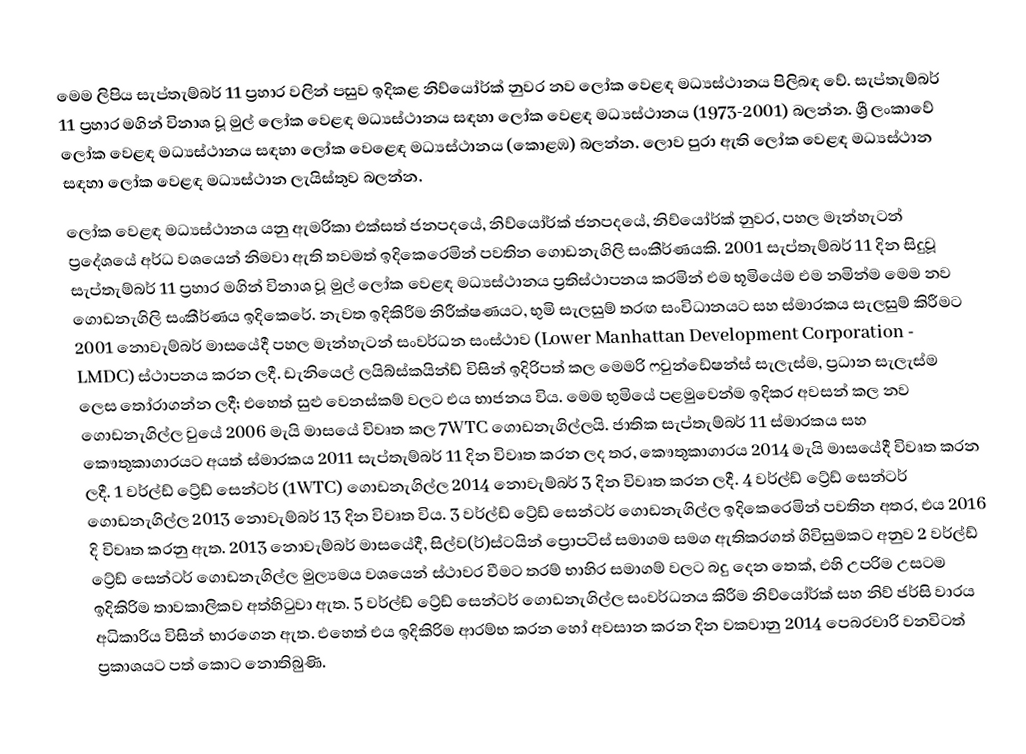
මෙම ලිපිය සැප්තැම්බර් 11 ප්‍රහාර වලින් පසුව ඉදිකළ නිව්යෝර්ක් නුවර නව ලෝක වෙළඳ මධ්‍යස්ථානය පිලිබඳ වේ. සැප්තැම්බර් 11 ප්‍රහාර මගින් විනාශ වූ මුල් ලෝක වෙළඳ මධ්‍යස්ථානය සඳහා ලෝක වෙළඳ මධ්‍යස්ථානය (1973-2001) බලන්න. ශ්‍රී ලංකාවේ ලෝක වෙළඳ මධ්‍යස්ථානය සඳහා ලෝක වෙළෙඳ මධ්‍යස්ථානය (කොළඹ) බලන්න. ලොව පුරා ඇති ලෝක වෙළඳ මධ්‍යස්ථාන සඳහා ලෝක වෙළඳ මධ්‍යස්ථාන ලැයිස්තුව බලන්න.
ලෝක වෙළඳ මධ්‍යස්ථානය යනු ඇමරිකා එක්සත් ජනපදයේ, නිව්යෝර්ක් ජනපදයේ, නිව්යෝර්ක් නුවර, පහල මෑන්හැටන් ප්‍රදේශයේ අර්ධ වශයෙන් නිමවා ඇති තවමත් ඉදිකෙරෙමින් පවතින ගොඩනැගිලි සංකීර්ණයකි. 2001 සැප්තැම්බර් 11 දින සිදුවූ සැප්තැම්බර් 11 ප්‍රහාර මගින් විනාශ වූ මුල් ලෝක වෙළඳ මධ්‍යස්ථානය ප්‍රතිස්ථාපනය කරමින් එම භූමියේම එම නමින්ම මෙම නව ගොඩනැගිලි සංකීර්ණය ඉදිකෙරේ. නැවත ඉදිකිරීම නිරීක්ෂණයට, භුමි සැලසුම් තරඟ සංවිධානයට සහ ස්මාරකය සැලසුම් කිරීමට 2001 නොවැම්බර් මාසයේදී පහල මෑන්හැටන් සංවර්ධන සංස්ථාව (Lower Manhattan Development Corporation - LMDC) ස්ථාපනය කරන ලදී. ඩැනියෙල් ලයිබ්ස්කයින්ඩ් විසින් ඉදිරිපත් කල මෙමරි ෆවුන්ඩේෂන්ස් සැලැස්ම, ප්‍රධාන සැලැස්ම ලෙස තෝරාගන්න ලදී; එහෙත් සුළු වෙනස්කම් වලට එය භාජනය විය. මෙම භුමියේ පළමුවෙන්ම ඉදිකර අවසන් කල නව ගොඩනැගිල්ල වුයේ 2006 මැයි මාසයේ විවෘත කල 7WTC ගොඩනැගිල්ලයි. ජාතික සැප්තැම්බර් 11 ස්මාරකය සහ කෞතුකාගාරයට අයත් ස්මාරකය 2011 සැප්තැම්බර් 11 දින විවෘත කරන ලද තර, කෞතුකාගාරය 2014 මැයි මාසයේදී විවෘත කරන ලදී. 1 වර්ල්ඩ් ට්‍රේඩ් සෙන්ටර් (1WTC) ගොඩනැගිල්ල 2014 නොවැම්බර් 3 දින විවෘත කරන ලදී. 4 වර්ල්ඩ් ට්‍රේඩ් සෙන්ටර් ගොඩනැගිල්ල 2013 නොවැම්බර් 13 දින විවෘත විය. 3 වර්ල්ඩ් ට්‍රේඩ් සෙන්ටර් ගොඩනැගිල්ල ඉදිකෙරෙමින් පවතින අතර, එය 2016 දි විවෘත කරනු ඇත. 2013 නොවැම්බර් මාසයේදී, සිල්ව(ර්)ස්ටයින් ප්‍රොපටිස් සමාගම සමග ඇතිකරගත් ගිවිසුමකට අනුව 2 වර්ල්ඩ් ට්‍රේඩ් සෙන්ටර් ගොඩනැගිල්ල මුල්‍යමය වශයෙන් ස්ථාවර වීමට තරම් භාහිර සමාගම් වලට බදු දෙන තෙක්, එහි උපරිම උසටම ඉදිකිරිම තාවකාලිකව අත්හිටුවා ඇත. 5 වර්ල්ඩ් ට්‍රේඩ් සෙන්ටර් ගොඩනැගිල්ල සංවර්ධනය කිරීම නිව්යෝර්ක් සහ නිව් ජර්සි වාරය අධිකාරිය විසින් භාරගෙන ඇත. එහෙත් එය ඉදිකිරිම ආරම්භ කරන හෝ අවසාන කරන දින වකවානු 2014 පෙබරවාරි වනවිටත් ප්‍රකාශයට පත් කොට නොතිබුණි.